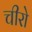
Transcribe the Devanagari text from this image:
चीरो